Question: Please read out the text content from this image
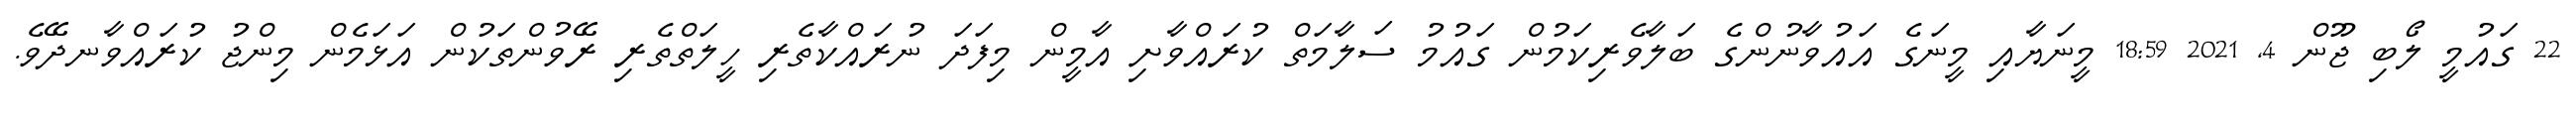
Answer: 22 ގައުމީ ލޯބި ޖޫން 4, 2021 18:59 މީނަޔާއި މީނަގެ އައުވާނުންގެ ބަލާވެރިކަމުން ގައުމު ސަލާމަތް ކުރައްވާށި އާމީން މިފަދަ ނުރައްކާތެރި ހީލަތްތެރި ރޭވުންތަކުން އަޅަމެން މިންޖު ކުރައްވާނދޭވެ.